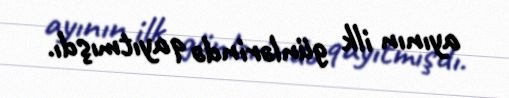
ayının ilk günlərində qayıtmışdı.